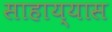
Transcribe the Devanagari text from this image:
साहाय्यास